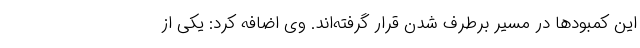
این کمبودها در مسیر برطرف شدن قرار گرفته‌اند. وی اضافه کرد: یکی از